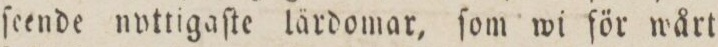
ſeende nyttigaſte lärdomar, ſom wi för wårt